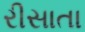
રીસાતા